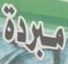
مبردة